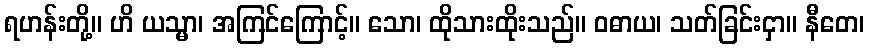
ရဟန်းတို့။ ဟိ ယသ္မာ၊ အကြင်ကြောင့်။ သော၊ ထိုသားထိုးသည်။ ဝဓာယ၊ သတ်ခြင်းငှာ။ နီတေ၊